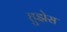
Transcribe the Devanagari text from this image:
हुझेस